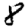
Digit: 8